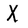
Character: X